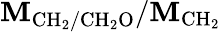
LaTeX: \mathbf{M}_{\mathrm{{CH_{2}/CH_{2}O}}}/\mathbf{M}_{\mathrm{{CH_{2}}}}